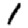
Digit: 1